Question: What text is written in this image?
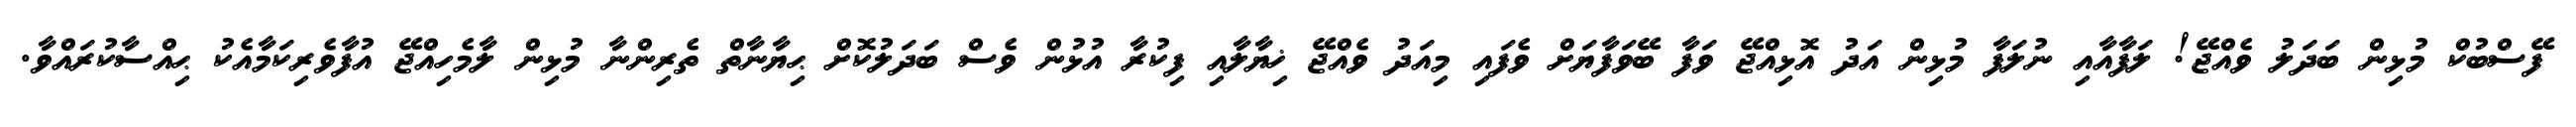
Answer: ފޭސްބުކް މުޅިން ބަދަލު ވެއްޖޭ! ލަފާއާއި ނުލަފާ މުޅިން އަދު އޮޅިއްޖޭ ވަފާ ބޭވަފާޔަށް ވެފައި މިއަދު ވެއްޖޭ ޚިޔާލާއި ފިކުރާ އުޅުން ވެސް ބަދަލުކޮށް ޙިޔާނާތް ތެރިންނާ މުޅިން ލާމެހިއްޖޭ އުފާވެރިކަމާއެކު ޙިއްސާކުރައްވާ.